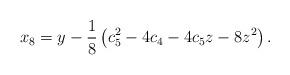
LaTeX: \begin{align*}x_8 = y-\frac{1}{8}\left( c_5^2-4c_4-4c_5z-8z^2\right).\end{align*}